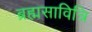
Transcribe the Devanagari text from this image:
ब्रह्मसावित्रि